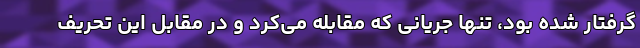
گرفتار شده بود، تنها جریانی که مقابله می‌کرد و در مقابل این تحریف